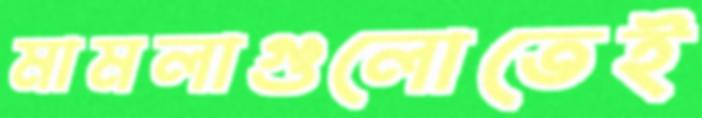
মামলাগুলোতেই